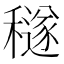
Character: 穟